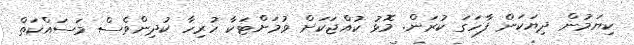
ކިޔަމުން ދިޔަކަން ފާހަގަ ކުރަން. މޮޅު ކުއްޖަކަށް ވުމަށްޓަކާ ހުރިހާ ކުދިންވެސް މަސައްކަތް